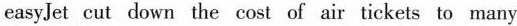
easyJet cut down the cost of air tickets to many